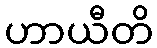
ဟာယီတိ